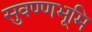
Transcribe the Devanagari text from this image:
सुवण्णभूमि